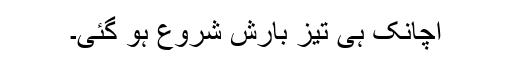
اچانک ہی تیز بارش شروع ہو گئی۔